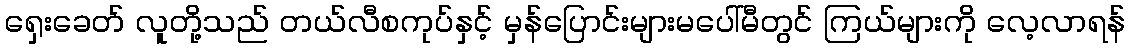
ရှေးခေတ် လူတို့သည် တယ်လီစကုပ်နှင့် မှန်ပြောင်းများမပေါ်မီတွင် ကြယ်များကို လေ့လာရန်